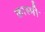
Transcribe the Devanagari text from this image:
कास्‍मी